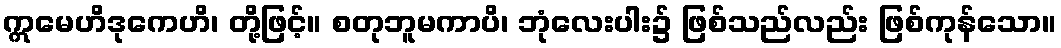
ဣမေဟိဒုကေဟိ၊ တို့ဖြင့်။ စတုဘူမကာပိ၊ ဘုံလေးပါး၌ ဖြစ်သည်လည်း ဖြစ်ကုန်သော။